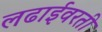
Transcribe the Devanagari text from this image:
लढाईवरती